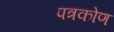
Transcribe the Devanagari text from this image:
पत्रकोण